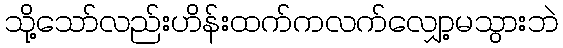
သို့သော်လည်းဟိန်းထက်ကလက်လျှော့မသွားဘဲ